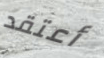
أعتقد